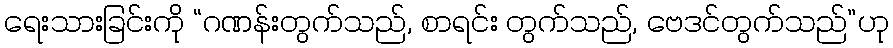
ရေးသားခြင်းကို “ဂဏန်းတွက်သည်, စာရင်း တွက်သည်, ဗေဒင်တွက်သည်”ဟု